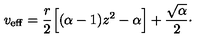
v _ { \mathrm { e f f } } = { \frac { r } { 2 } } \Bigl [ ( \alpha - 1 ) z ^ { 2 } - \alpha \Bigr ] + { \frac { \sqrt { \alpha } } { 2 } } \cdotp